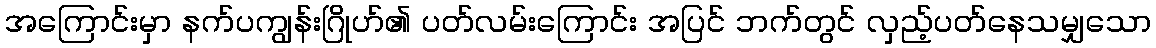
အကြောင်းမှာ နက်ပကျွန်းဂြိုဟ်၏ ပတ်လမ်းကြောင်း အပြင် ဘက်တွင် လှည့်ပတ်နေသမျှသော